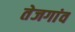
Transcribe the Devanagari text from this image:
तेजगांव